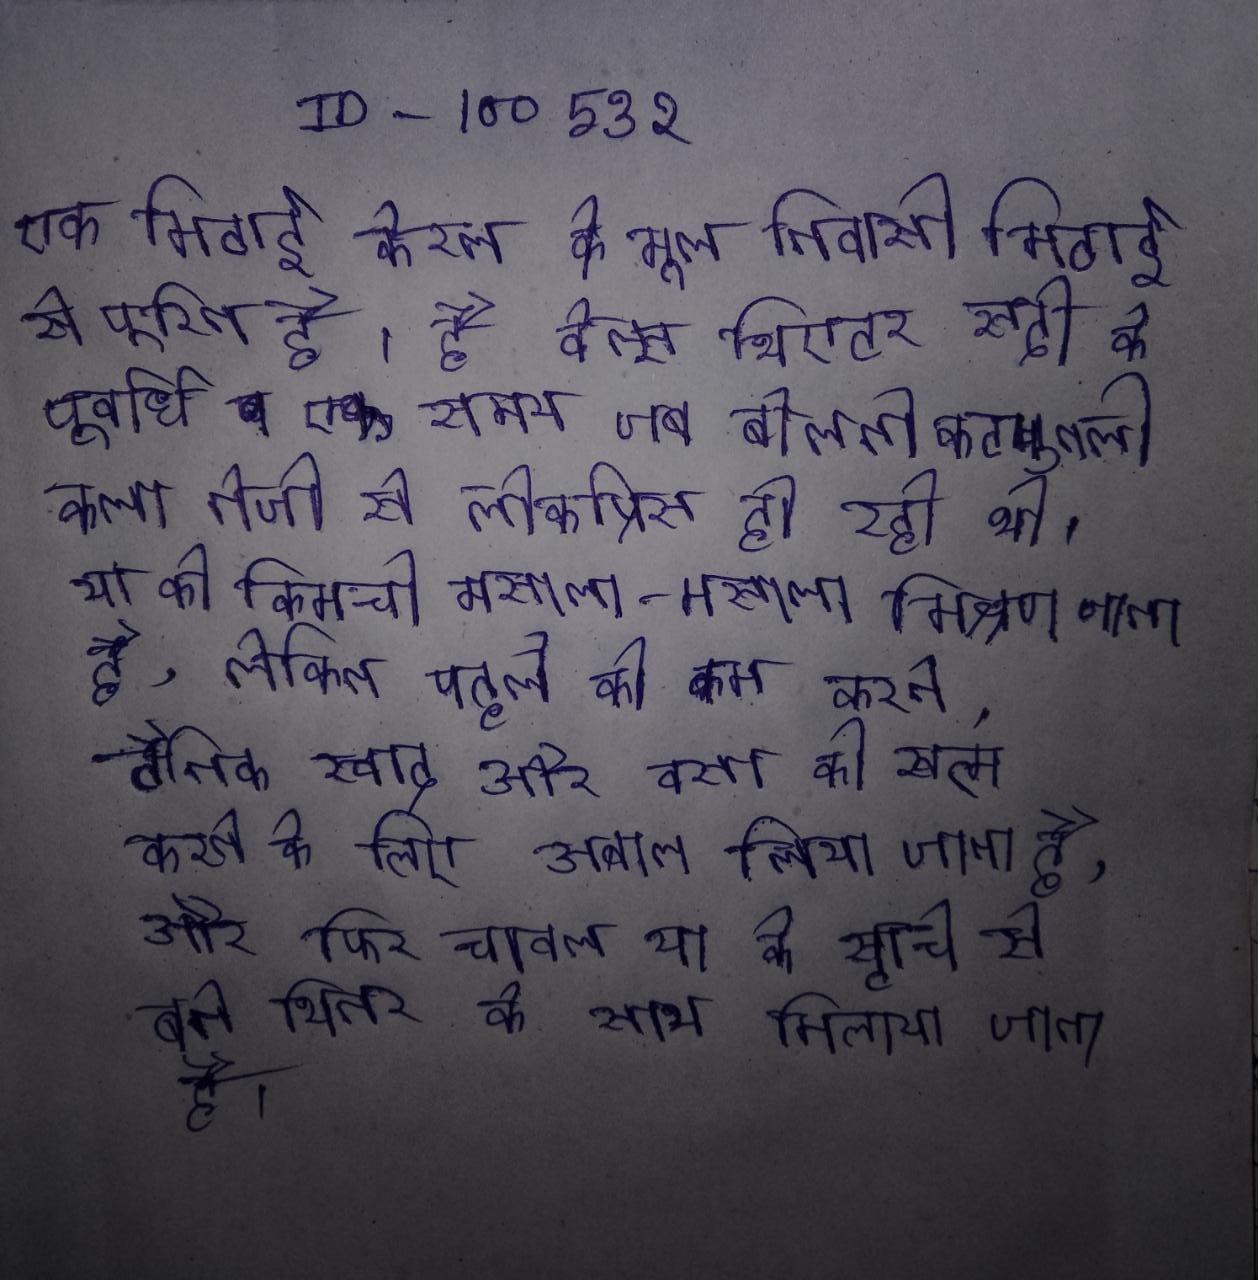
एक मिठाई केरल के मूल निवासी मिठाई से पूरित है । है वेल्स थिएटर सदी के पूर्वार्ध एक समय जब बोलती कठपुतली कला तेजी से लोकप्रिय हो रही थी । या को किमची मसाला-मसाला मिश्रण जाता है, लेकिन पहले को कम करने, टैनिक स्वाद और वसा को खत्म करने के लिए उबाल लिया जाता है, और फिर चावल या के स्टार्च से बने थिनर के साथ मिलाया जाता है ।